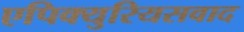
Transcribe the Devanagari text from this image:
एपिक्युरियसवाद